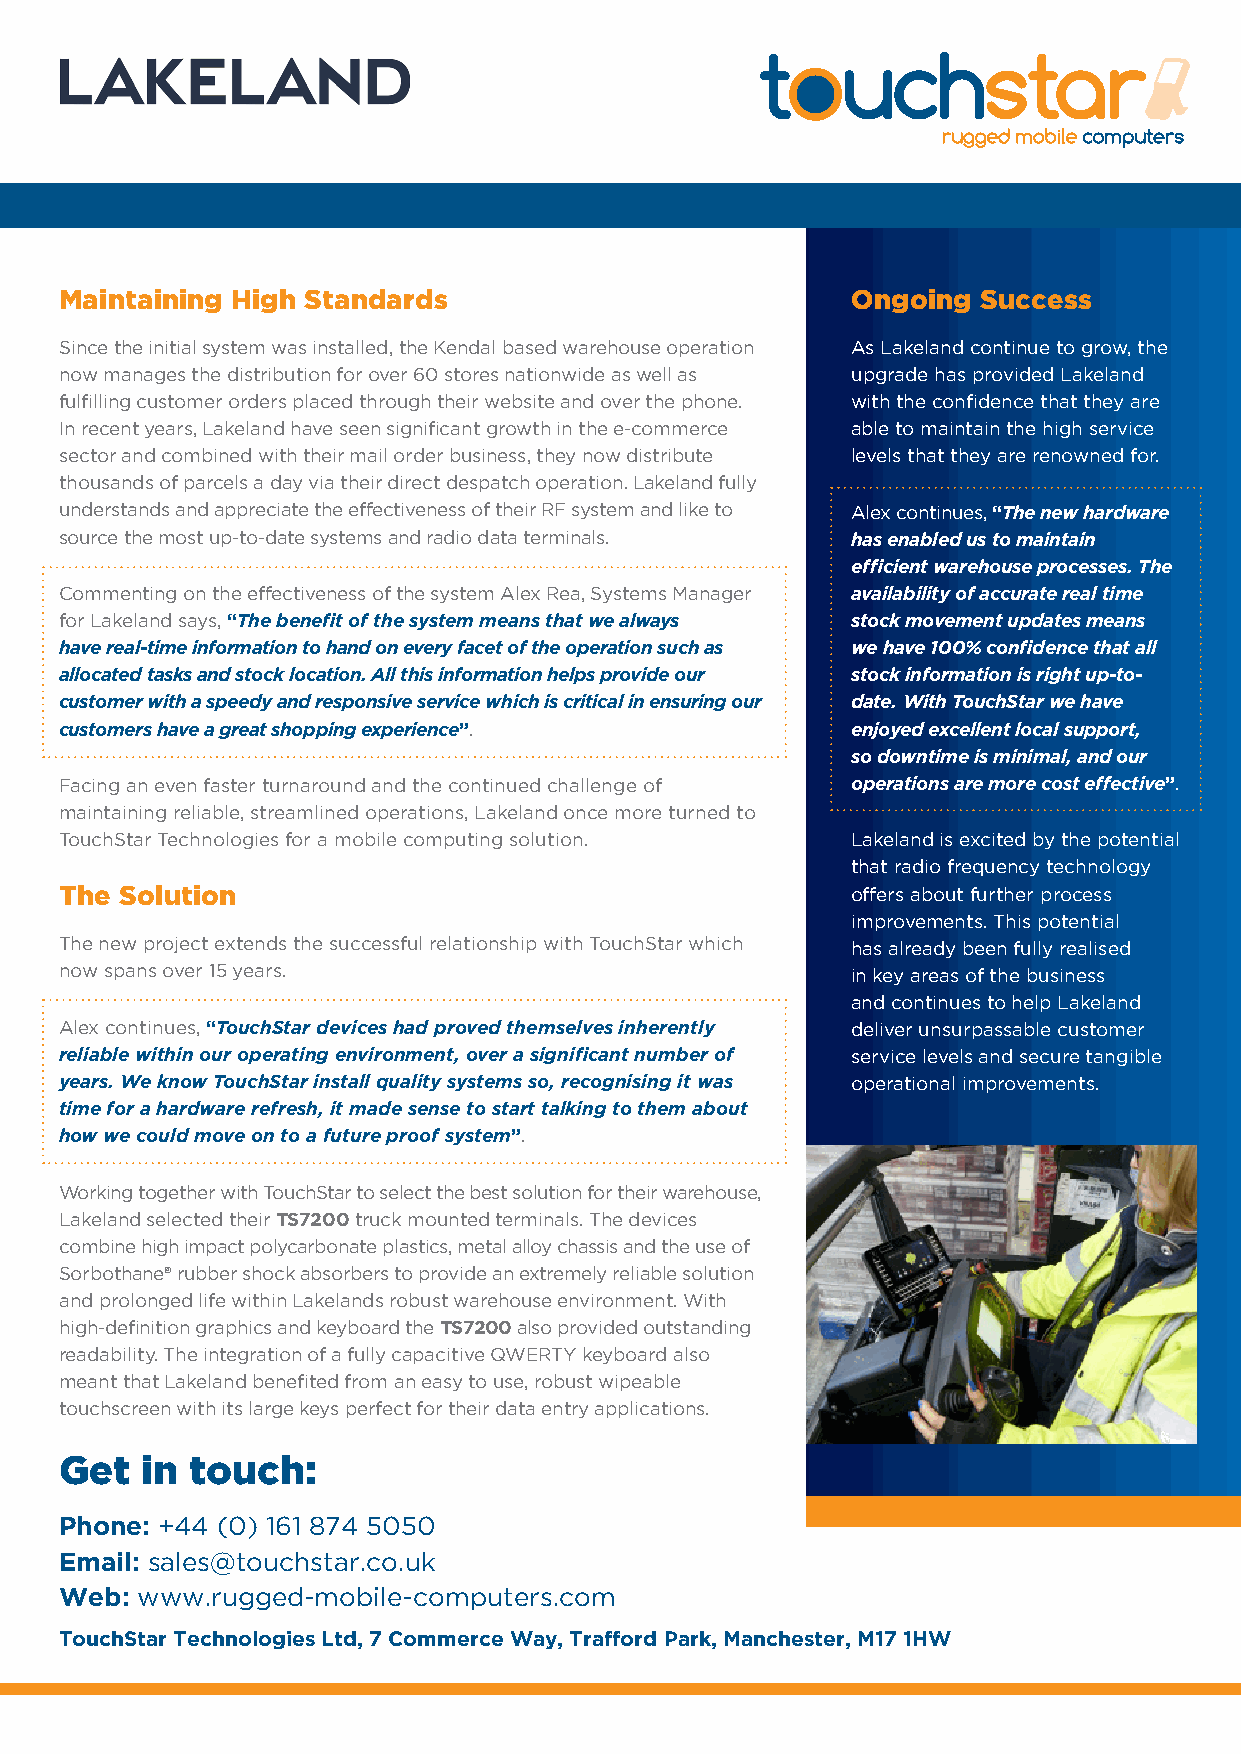
Maintaining High Standards                          Ongoing  Success
 Since the initial system was installed, the Kendal based warehouse operation As Lakeland continue to grow, the
 now manages the distribution for over 60 stores nationwide as well as upgrade has provided Lakeland
 fulfilling customer orders placed through their website and over the phone. with the confidence that they are
 In recent years, Lakeland have seen significant growth in the e-commerce able to maintain the high service
 sector and combined with their mail order business, they now distribute levels that they are renowned for.
 thousands of parcels a day via their direct despatch operation. Lakeland fully
 understands and appreciate the effectiveness of their RF system and like to Alex continues, “The new hardware
 source the most up-to-date systems and radio data terminals. has enabled us to maintain
 efficient warehouse processes. The
 Commenting on the effectiveness of the system Alex Rea, Systems Manager availability of accurate real time
 for Lakeland says, “The benefit of the system means that we always stock movement updates means
 have real-time information to hand on every facet of the operation such as we have 100% confidence that all
 allocated tasks and stock location. All this information helps provide our stock information is right up-to-
 customer with a speedy and responsive service which is critical in ensuring our date. With TouchStar we have
 customers have a great shopping experience”.        enjoyed excellent local support,
 so downtime is minimal, and our
 Facing an even faster turnaround and the continued challenge of operations are more cost effective”.
 maintaining reliable, streamlined operations, Lakeland once more turned to
 TouchStar Technologies for a mobile computing solution. Lakeland is excited by the potential
 that radio frequency technology
 The Solution                                        offers about further process
 improvements. This potential
 The new project extends the successful relationship with TouchStar which has already been fully realised
 now spans over 15 years.                            in key areas of the business
 and continues to help Lakeland
 Alex continues, “TouchStar devices had proved themselves inherently deliver unsurpassable customer
 reliable within our operating environment, over a significant number of service levels and secure tangible
 years. We know TouchStar install quality systems so, recognising it was operational improvements.
 time for a hardware refresh, it made sense to start talking to them about
 how we could move on to a future proof system”.
 Working together with TouchStar to select the best solution for their warehouse,
 Lakeland selected their TS7200 truck mounted terminals. The devices
 combine high impact polycarbonate plastics, metal alloy chassis and the use of
 Sorbothane® rubber shock absorbers to provide an extremely reliable solution
 and prolonged life within Lakelands robust warehouse environment. With
 high-definition graphics and keyboard the TS7200 also provided outstanding
 readability. The integration of a fully capacitive QWERTY keyboard also
 meant that Lakeland benefited from an easy to use, robust wipeable
 touchscreen with its large keys perfect for their data entry applications.
 Get  in  touch:
 Phone: +44 (0) 161 874 5050
 Email: sales@touchstar.co.uk
 Web: www.rugged-mobile-computers.com
 TouchStar Technologies Ltd, 7 Commerce Way, Trafford Park, Manchester, M17 1HW